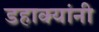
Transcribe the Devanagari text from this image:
डहाक्यांनी